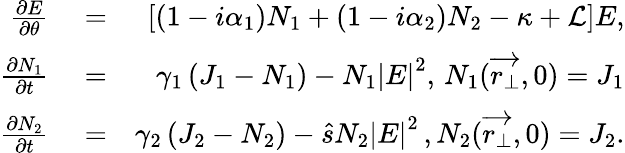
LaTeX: \begin{array}{rlr}{\frac{\partial E}{\partial\theta}}&{{}=}&{\left[\left(1-i\alpha_{1}\right)N_{1}+\left(1-i\alpha_{2}\right)N_{2}-\kappa+\mathcal{L}\right]E,}\\ {\frac{\partial N_{1}}{\partial t}}&{{}=}&{\gamma_{1}\left(J_{1}-N_{1}\right)-N_{1}\left|E\right|^{2},\, N_{1}(\overrightarrow{r_{\perp}},0)=J_{1}}\\ {\frac{\partial N_{2}}{\partial t}}&{{}=}&{\gamma_{2}\left(J_{2}-N_{2}\right)-\hat{s}N_{2}\left|E\right|^{2}\, ,N_{2}(\overrightarrow{r_{\perp}},0)=J_{2}.}\end{array}